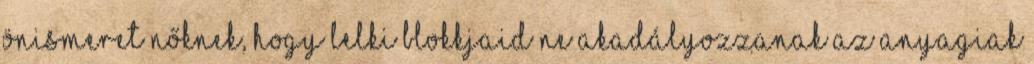
önismeret nőknek, hogy lelki blokkjaid ne akadályozzanak az anyagiak